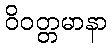
ဝိဝတ္တမာနာ